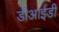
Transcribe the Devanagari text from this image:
डीआईडी